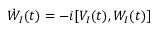
\dot { W } _ { I } ( t ) = - i [ V _ { I } ( t ) , W _ { I } ( t ) ]